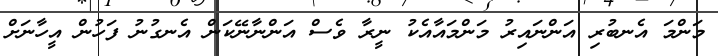
މަންމަ އެނބުރި އަންނައިރު މަންމައާއެކު ނީރާ ވެސް އަންނާނޭކަން އެނގުނު ފަހުން އީހާނަށް